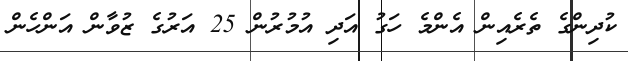
ކުދިންގެ ތެރެއިން އެންމެ ހަގު އަދި އުމުރުން 25 އަރުގެ ޒުވާން އަންހެން